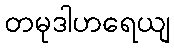
တမုဒါဟရေယျ